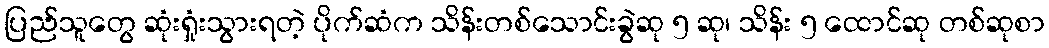
ပြည်သူတွေ ဆုံးရှုံးသွားရတဲ့ ပိုက်ဆံက သိန်းတစ်သောင်းခွဲဆု ၅ ဆု၊ သိန်း ၅ ထောင်ဆု တစ်ဆုစာ